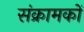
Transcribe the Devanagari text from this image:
संक्रामकों